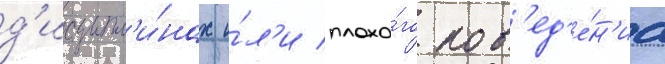
д'исципл'и́нах и́л'и плохо́го пов'ед'е́н'иа